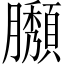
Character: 𦢶